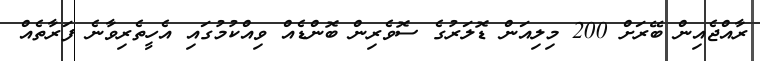
ރާއްޖެއިން ބޭރަށް 200 މިލިއަން ޑޮލަރުގެ ސޮވެރިން ބޮންޑެއް ވިއްކުމުގައި އެހީތެރިވާނެ ފަރާތެއް